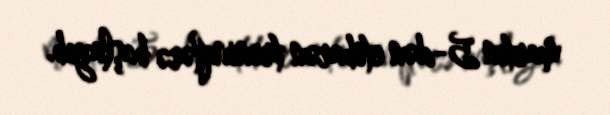
martın 5-dən etibarən treninqlərə başlayıb.